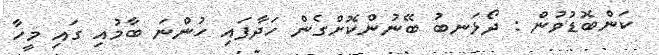
ކަންބޮޑުވުން : ދޯޅަނބު ބޭނުންކޮށްގެން ހަދާފައި ހުންނަ ބާމުއި ގައި މީހާ